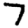
Digit: 7